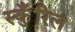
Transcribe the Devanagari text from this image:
स्कुँरिल